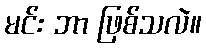
မင်း ဘာ ဖြစ်သလဲ။